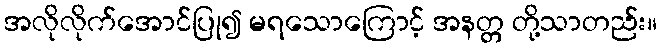
အလိုလိုက်အောင်ပြု၍ မရသောကြောင့် အနတ္တ တို့သာတည်း။